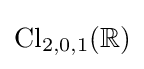
\operatorname {Cl} _{2,0,1}(\mathbb {R} )